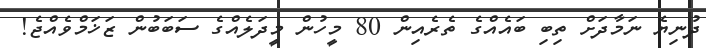
ދުނިޔެ ނަމާދަށް ތިބި ބައެއްގެ ތެރެއިން 80 މީހުން މީދަލެއްގެ ސަބަބުން ޒަޚަމްވެއްޖެ!